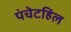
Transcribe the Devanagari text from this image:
पंचेटहिल